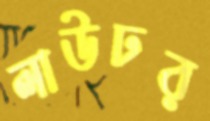
লাউঢর